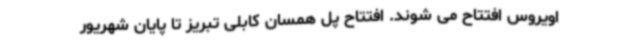
اویروس افتتاح می شوند. افتتاح پل همسان کابلی تبریز تا پایان شهریور